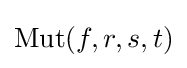
\operatorname {Mut} (f,r,s,t)